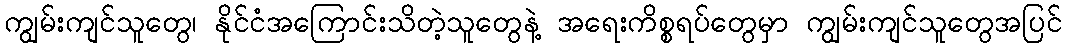
ကျွမ်းကျင်သူတွေ၊ နိုင်ငံအကြောင်းသိတဲ့သူတွေနဲ့ အရေးကိစ္စရပ်တွေမှာ ကျွမ်းကျင်သူတွေအပြင်